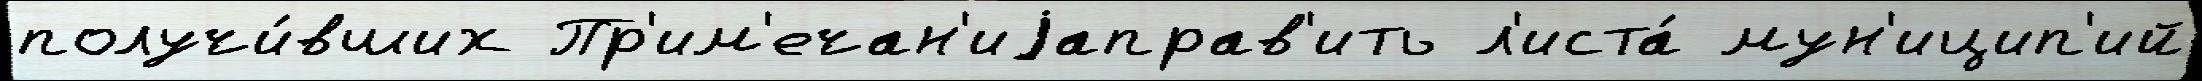
получи́вших Пр'им'ечан'иjаправ'ить л'иста́ мун'ицип'ий